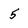
Character: 5